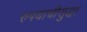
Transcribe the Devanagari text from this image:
रुपयाचीसुद्धा